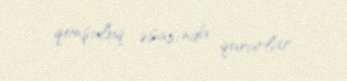
qonşuluq əsasında qururlar.